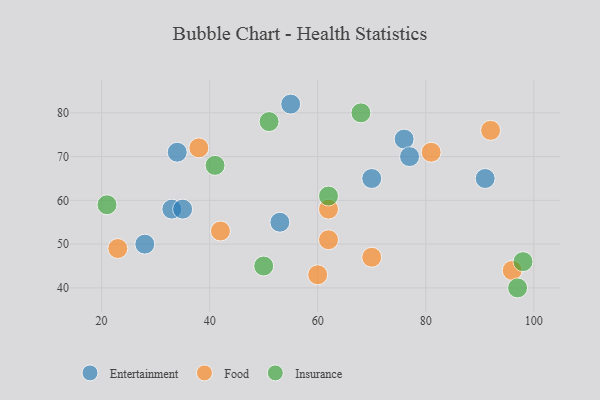
{"axis": {"x": "GDP", "y": "Life Expectancy"}, "legend": ["Entertainment", "Food", "Insurance"], "data": [{"x": "55", "y": 82, "type": "Entertainment"}, {"x": "33", "y": 58, "type": "Entertainment"}, {"x": "76", "y": 74, "type": "Entertainment"}, {"x": "28", "y": 50, "type": "Entertainment"}, {"x": "70", "y": 65, "type": "Entertainment"}, {"x": "34", "y": 71, "type": "Entertainment"}, {"x": "91", "y": 65, "type": "Entertainment"}, {"x": "53", "y": 55, "type": "Entertainment"}, {"x": "35", "y": 58, "type": "Entertainment"}, {"x": "77", "y": 70, "type": "Entertainment"}, {"x": "70", "y": 47, "type": "Food"}, {"x": "60", "y": 43, "type": "Food"}, {"x": "23", "y": 49, "type": "Food"}, {"x": "62", "y": 58, "type": "Food"}, {"x": "38", "y": 72, "type": "Food"}, {"x": "96", "y": 44, "type": "Food"}, {"x": "42", "y": 53, "type": "Food"}, {"x": "62", "y": 51, "type": "Food"}, {"x": "81", "y": 71, "type": "Food"}, {"x": "92", "y": 76, "type": "Food"}, {"x": "98", "y": 46, "type": "Insurance"}, {"x": "97", "y": 40, "type": "Insurance"}, {"x": "50", "y": 45, "type": "Insurance"}, {"x": "62", "y": 61, "type": "Insurance"}, {"x": "68", "y": 80, "type": "Insurance"}, {"x": "41", "y": 68, "type": "Insurance"}, {"x": "51", "y": 78, "type": "Insurance"}, {"x": "21", "y": 59, "type": "Insurance"}]}